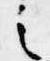
之